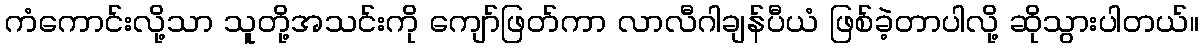
ကံကောင်းလို့သာ သူတို့အသင်းကို ကျော်ဖြတ်ကာ လာလီဂါချန်ပီယံ ဖြစ်ခဲ့တာပါလို့ ဆိုသွားပါတယ်။